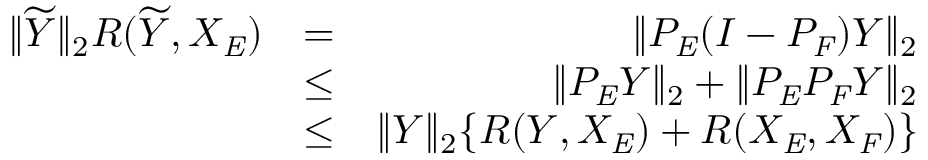
\begin{array} { r l r } { \| \widetilde { Y } \| _ { 2 } R ( \widetilde { Y } , X _ { \mathit { E } } ) } & { = } & { \| P _ { \mathit { E } } ( I - P _ { \mathit { F } } ) Y \| _ { 2 } } \\ & { \leq } & { \| P _ { \mathit { E } } Y \| _ { 2 } + \| P _ { \mathit { E } } P _ { \mathit { F } } Y \| _ { 2 } } \\ & { \leq } & { \| Y \| _ { 2 } \{ R ( Y , X _ { \mathit { E } } ) + R ( X _ { \mathit { E } } , X _ { \mathit { F } } ) \} } \end{array}